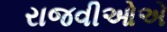
રાજવીઓએ